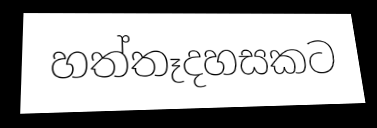
හත්තෑදහසකට